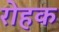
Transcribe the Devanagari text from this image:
रोहक